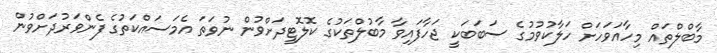
މާބްލްތައް މިހާއަވަހަށް ހަލާކުވުމުގެ ސަބަބަކީ ޖަހާފައިވާ މާބުލްތަކުގެ ކޮލޮޓީދަށްވުން ނުވަތަ އެމަސައްކަތުގެ ފެންވަރުދަށްވުން